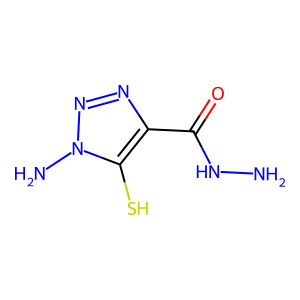
SMILES: NNC(=O)c1nnn(N)c1S
Inhibits HIV replication: No